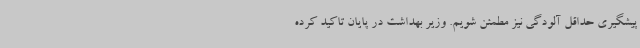
پیشگیری حداقل آلودگی نیز مطمئن شویم. وزیر بهداشت در پایان تاکید کرده